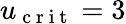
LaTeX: u_{\mathrm{~c~r~i~t~}}=3